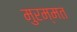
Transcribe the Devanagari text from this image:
मुरम्मत